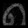
Digit: ၈